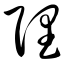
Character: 陧